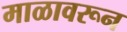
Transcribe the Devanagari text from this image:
माळावरून